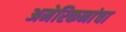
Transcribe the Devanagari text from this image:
अमेरिकनांचा